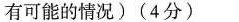
有可能的情况)(4分)